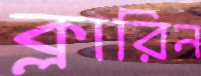
ক্লারিন